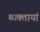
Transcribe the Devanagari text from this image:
व्यक्तायां